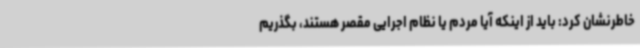
خاطرنشان کرد: باید از اینکه آیا مردم یا نظام اجرایی مقصر هستند، بگذریم